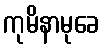
ကုမိနာမုခေ